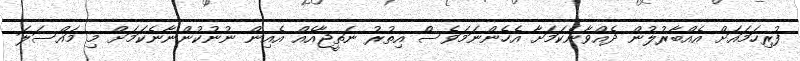
ފުރިހަމައަށް އެއްބާރުލުން ދެއްވާނެކަމަށާ އެހެންނަމަވެސް އިތުރު ނަތީޖާއެއް އެއިން ނުނުކުންނާނެކަމަށް މި މައްސަލަ